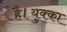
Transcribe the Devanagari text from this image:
है।युक्का